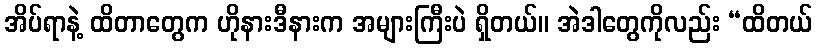
အိပ်ရာနဲ့ ထိတာတွေက ဟိုနားဒီနားက အများကြီးပဲ ရှိတယ်။ အဲဒါတွေကိုလည်း “ထိတယ်